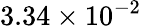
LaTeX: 3.34\times 10^{-2}